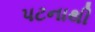
પટનાથી